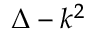
\Delta - k ^ { 2 }